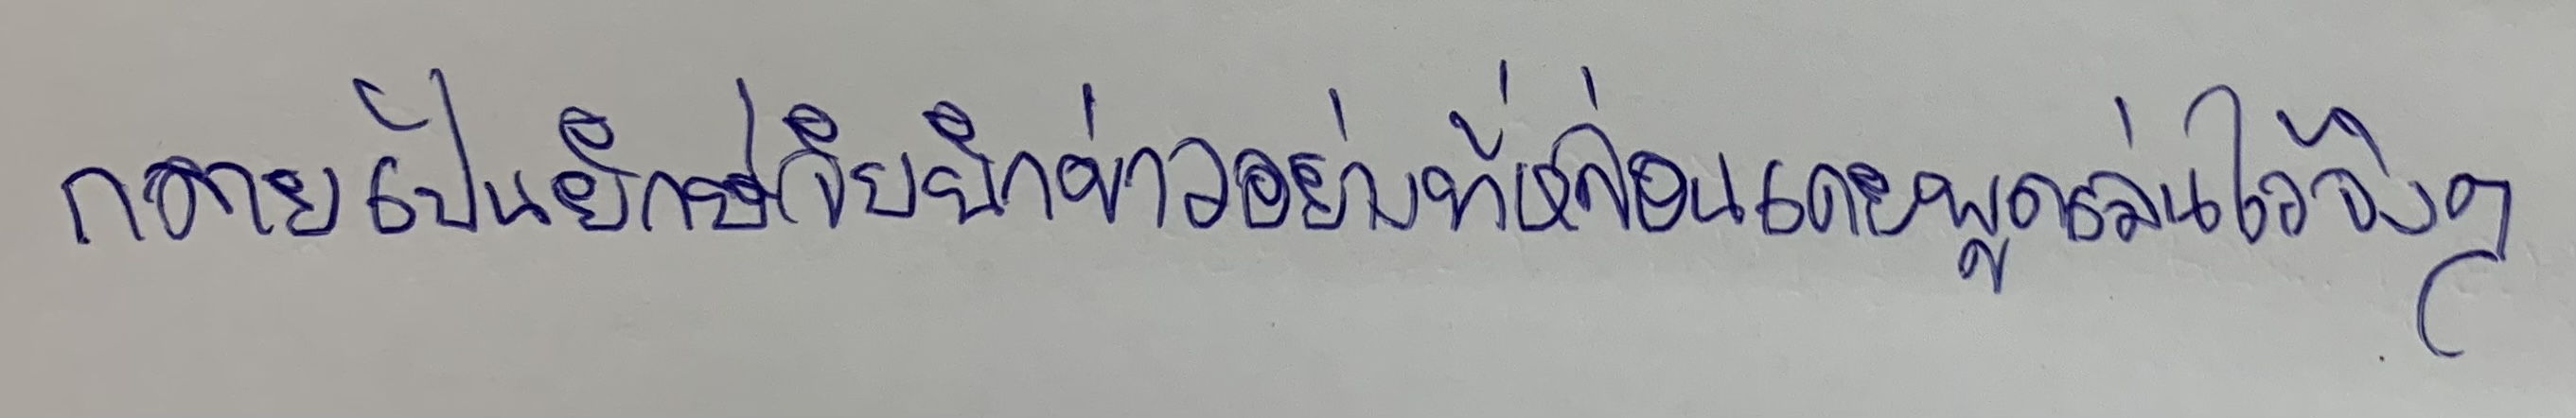
กลายเป็นยักษ์จับนักข่าวอย่างที่หล่อนเคยพูดเล่นไว้จริงๆ